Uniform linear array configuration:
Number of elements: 48
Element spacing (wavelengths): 0.5
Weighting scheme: hamming
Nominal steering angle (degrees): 15
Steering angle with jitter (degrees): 15.72
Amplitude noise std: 0.05
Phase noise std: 0.05

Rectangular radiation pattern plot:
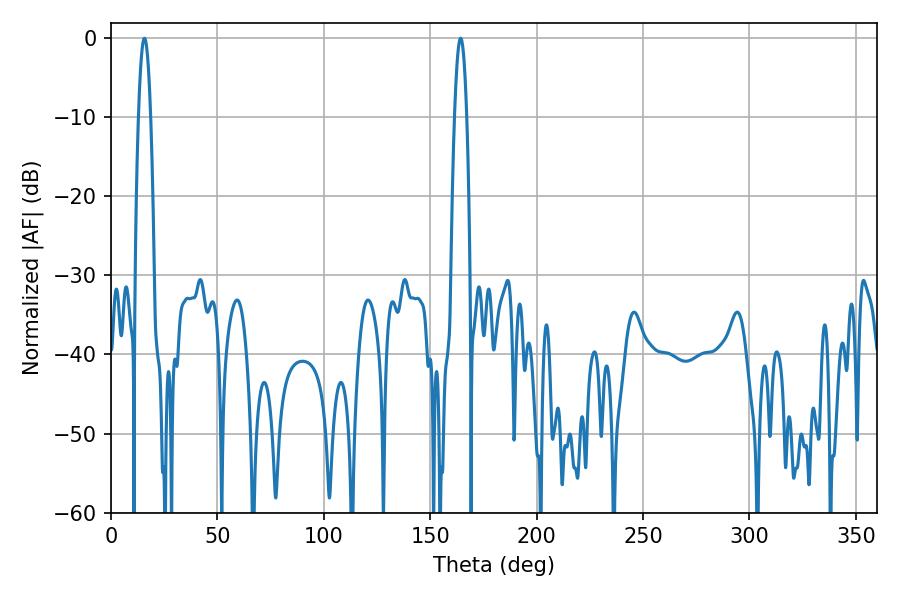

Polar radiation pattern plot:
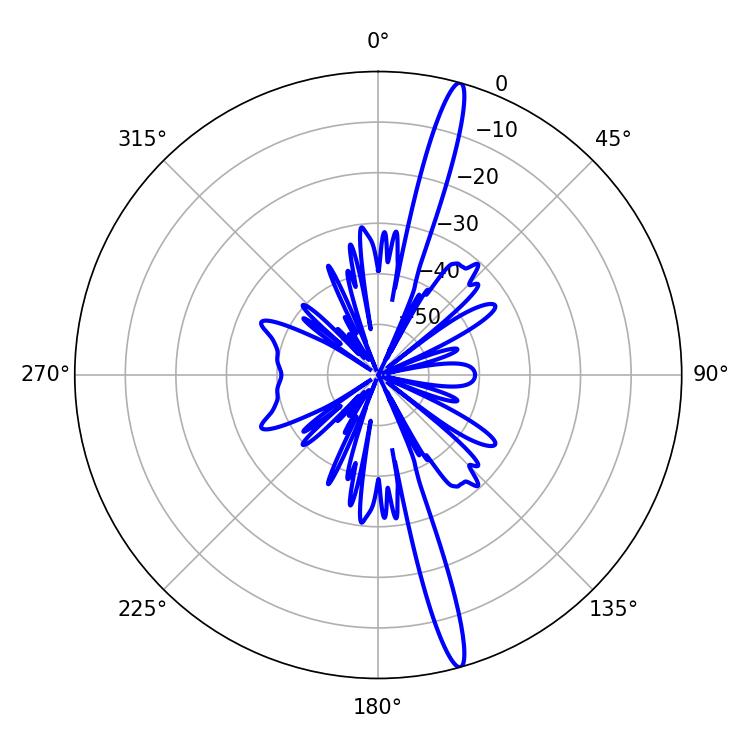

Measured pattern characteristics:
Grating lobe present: FALSE
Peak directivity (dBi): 17.866
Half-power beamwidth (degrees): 3.06
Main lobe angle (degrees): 15.66